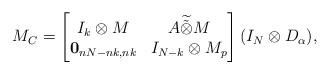
LaTeX: \begin{align*}M_C=\begin{bmatrix}I_k\otimes M& A\widetilde{\tilde{\otimes}} M\\\boldsymbol{0}_{nN-nk,nk}&I_{N-k}\otimes M_p\end{bmatrix}(I_N\otimes D_\alpha),\end{align*}